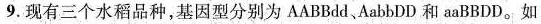
9.现有三个水稻品种，基因型分别为AABBdd AabbDD和aaBBDD。如